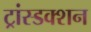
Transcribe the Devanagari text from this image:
ट्रांस्डक्शन